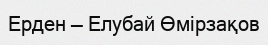
Ерден — Елубай Өмірзақов